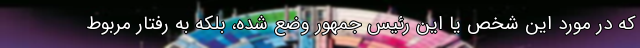
که در مورد این شخص یا این رئیس جمهور وضع شده، بلکه به رفتار مربوط